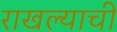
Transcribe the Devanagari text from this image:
राखल्याची